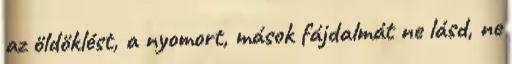
az öldöklést, a nyomort, mások fájdalmát ne lásd, ne